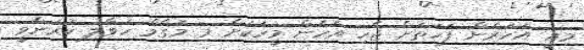
މިއީ އަހަރެން ފަހަތަށް ޖެހި އެހެން މީހަކަށް މި މަގާމް ހަވާލު ކުރަންވީ